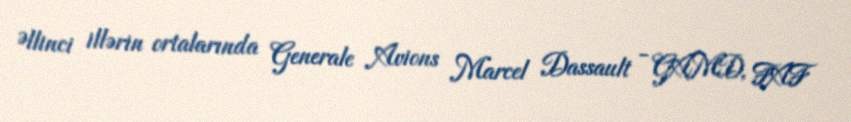
Əllinci illərin ortalarında Generale Avions Marcel Dassault - GAMD, FAF